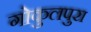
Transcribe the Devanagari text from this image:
गोकुलपुरा